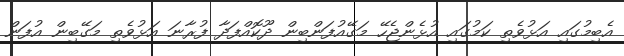
އެބިމުގައި އަޅުވެތި ކަމުގައި އުޅެންޖެހޭ މަގޭއުފަންބިން ދޫކޮއްފަދާ ފުރާނަ އަޅުވެތި މަގޭބިން އުފަން